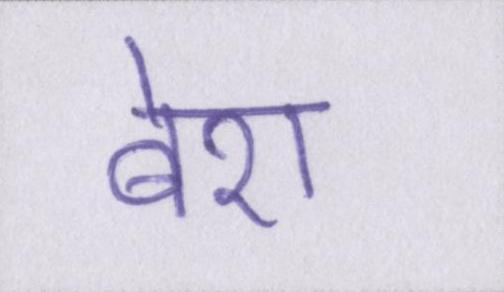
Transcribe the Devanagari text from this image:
बेश